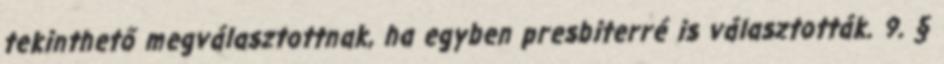
tekinthető megválasztottnak, ha egyben presbiterré is választották. 9. §